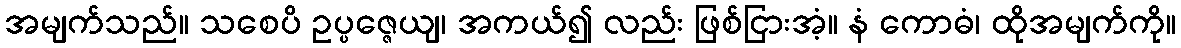
အမျက်သည်။ သစေပိ ဥပ္ပဇ္ဇေယျ၊ အကယ်၍ လည်း ဖြစ်ငြားအံ့။ နံ ကောဓံ၊ ထိုအမျက်ကို။